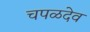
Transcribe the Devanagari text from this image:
चपळदेव